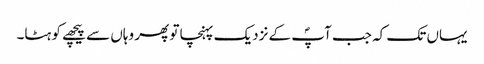
یہاں تک کہ جب آپؐ کے نزدیک پہنچا تو پھر وہاں سے پیچھے کو ہٹا۔